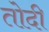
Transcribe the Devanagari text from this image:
तोदी